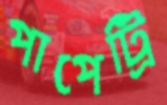
পাপেট্রি